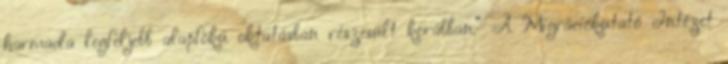
harmada legfeljebb alapfokú oktatásban részesült korábban.” A Migrációkutató Intézet